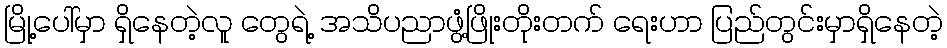
မြို့ပေါ်မှာ ရှိနေတဲ့လူ တွေရဲ့ အသိပညာဖွံ့ဖြိုးတိုးတက် ရေးဟာ ပြည်တွင်းမှာရှိနေတဲ့